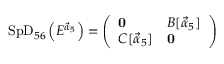
\mathrm { S p D } _ { 5 6 } \left( E ^ { { \vec { \alpha } } _ { 5 } } \right) = \left( \begin{array} { l l } { { { \bf 0 } } } & { { B [ { { \vec { \alpha } } _ { 5 } } ] } } \\ { { C [ { { \vec { \alpha } } _ { 5 } } ] } } & { { { \bf 0 } } } \end{array} \right)